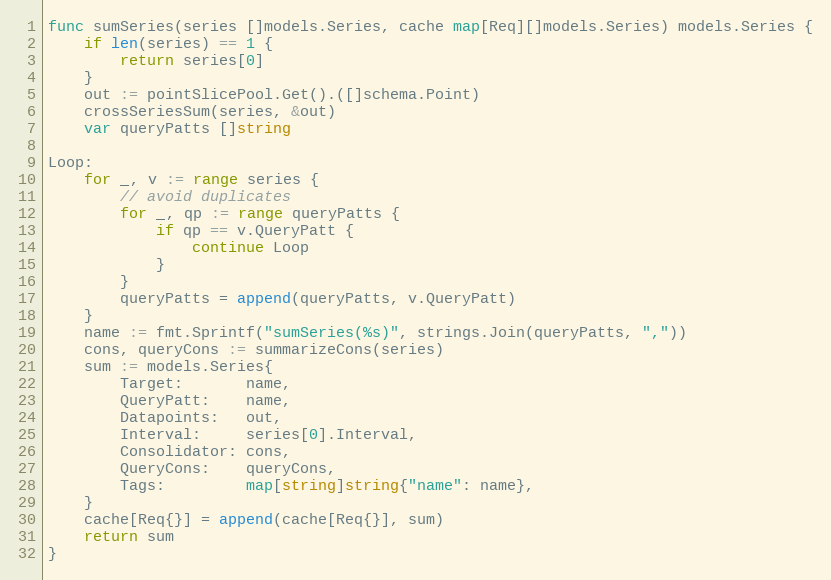
Language: Go
func sumSeries(series []models.Series, cache map[Req][]models.Series) models.Series {
	if len(series) == 1 {
		return series[0]
	}
	out := pointSlicePool.Get().([]schema.Point)
	crossSeriesSum(series, &out)
	var queryPatts []string

Loop:
	for _, v := range series {
		// avoid duplicates
		for _, qp := range queryPatts {
			if qp == v.QueryPatt {
				continue Loop
			}
		}
		queryPatts = append(queryPatts, v.QueryPatt)
	}
	name := fmt.Sprintf("sumSeries(%s)", strings.Join(queryPatts, ","))
	cons, queryCons := summarizeCons(series)
	sum := models.Series{
		Target:       name,
		QueryPatt:    name,
		Datapoints:   out,
		Interval:     series[0].Interval,
		Consolidator: cons,
		QueryCons:    queryCons,
		Tags:         map[string]string{"name": name},
	}
	cache[Req{}] = append(cache[Req{}], sum)
	return sum
}